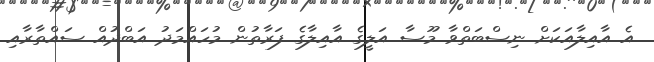
އެ އާއިލާއަކަށް ނިސްބަތްވާ މޫސާ އަލީގެ އާއިލާގެ ފަރާތުން މުހައްމަދު އަބްދުއް ސައްތާރާއި